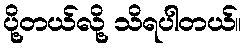
ပို့တယ်လို့ သိရပါတယ်။